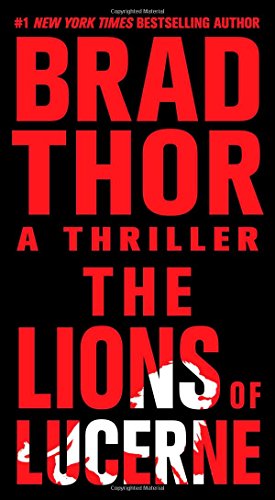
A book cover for The Lions of Lucerne; Brad Thor; Mystery, Thriller & Suspense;